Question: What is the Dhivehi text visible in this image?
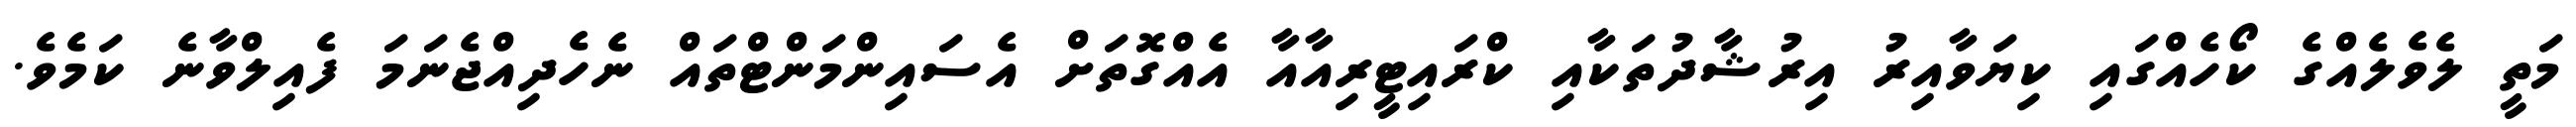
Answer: މަތީ ލެވެލެއްގެ ކޯހެއްގައި ކިޔަވާއިރު އިރުޝާދުތަކާއި ކްރައިޓީރިއާއާ އެއްގޮތަށް އެސައިންމަންޓްތައް ނެހެދިއްޖެނަމަ ފެއިލްވާނެ ކަމެވެ.